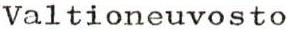
Valtioneuvosto